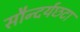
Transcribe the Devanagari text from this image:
सौन्दर्यछटा